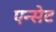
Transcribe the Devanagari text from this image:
एन्सेट